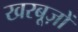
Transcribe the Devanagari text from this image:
खरबूज़ों